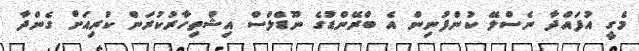
މެގީ އުފައްދާ ނެސްލޭ ކުންފުނިން އެ ބްރޭންޑުގެ ނޫޑްލްސް އިޝްތިހާރުކުރަން ކުރިއަށް ގެންދާ